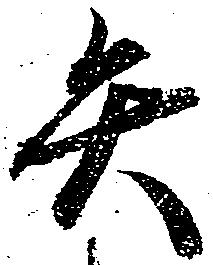
矢